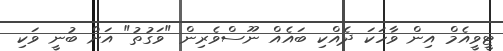
ޓީވީއެމް އިން ވާހަކަ ދެއްކި ބައެއް ނޫސްވެރިން "ވަގުތު" އަށް ބުނީ ވަކި